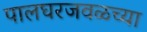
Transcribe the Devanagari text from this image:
पालघरजवळच्या